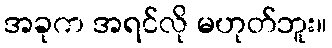
အခုက အရင်လို မဟုတ်ဘူး။